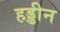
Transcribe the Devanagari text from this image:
हड्डीन